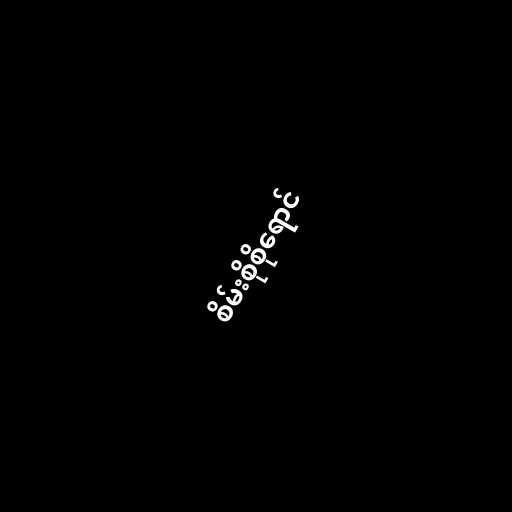
စိမ်းစိုစိုရောင်